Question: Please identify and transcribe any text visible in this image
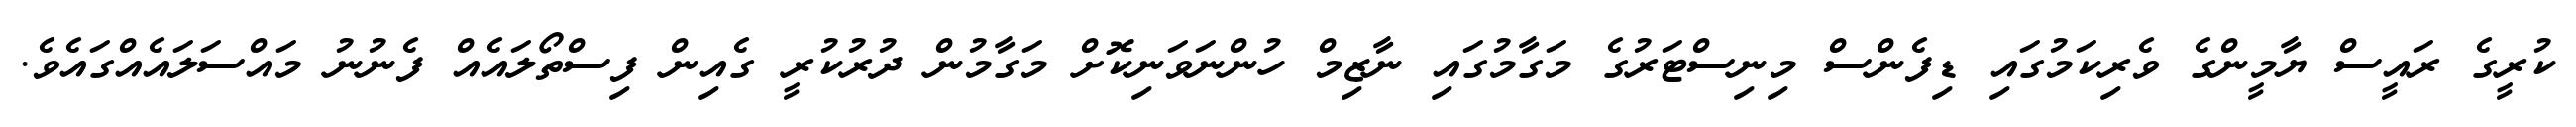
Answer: ކުރީގެ ރައީސް ޔާމީންގެ ވެރިކަމުގައި ޑިފެންސް މިނިސްޓަރުގެ މަގާމުގައި ނާޒިމް ހުންނަވަނިކޮށް މަގާމުން ދުރުކުރީ ގެއިން ފިސްތޯލައެއް ފެނުނު މައްސަލައެއްގައެވެ.